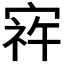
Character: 𫳠